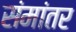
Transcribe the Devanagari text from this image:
संमांतर